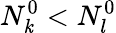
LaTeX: N_{\mathit{k}}^{0}<N_{l}^{0}